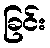
ခြင်း